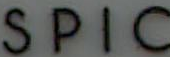
SPIC